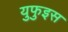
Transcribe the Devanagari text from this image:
युफुइस